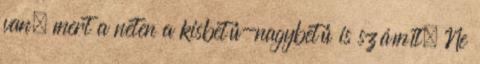
van, mert a neten a kisbetű-nagybetű is számít. Ne